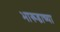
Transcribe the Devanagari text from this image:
भारूडाच्या